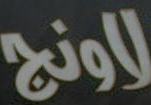
لاونج